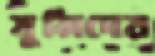
মুন্সিদের